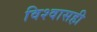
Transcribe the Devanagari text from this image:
विश्वासही